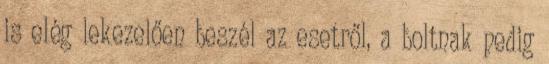
is elég lekezelően beszél az esetről, a boltnak pedig